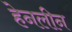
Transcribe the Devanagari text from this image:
हेनलीन